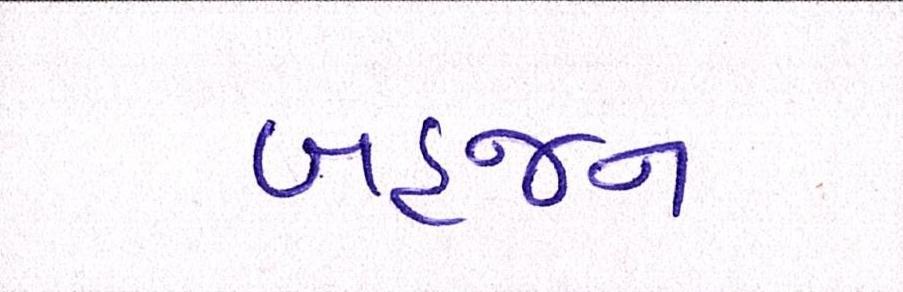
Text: બહજન